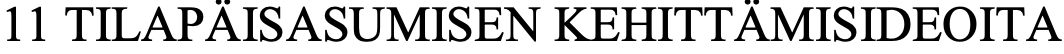
11 TILAPÄISASUMISEN KEHITTÄMISIDEOITA